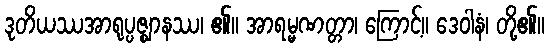
ဒုတိယဿအာရုပ္ပဇ္ဈာနဿ၊ ၏။ အာရမ္မဏတ္တာ၊ ကြောင့်။ ဒေဝါနံ၊ တို့၏။